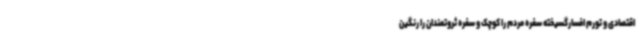
اقتصادی و تورم افسارگسیخته سفره مردم را کوچک و سفره ثروتمندان را رنگین